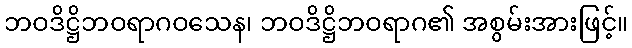
ဘဝဒိဋ္ဌိဘဝရာဂဝသေန၊ ဘဝဒိဋ္ဌိဘဝရာဂ၏ အစွမ်းအားဖြင့်။